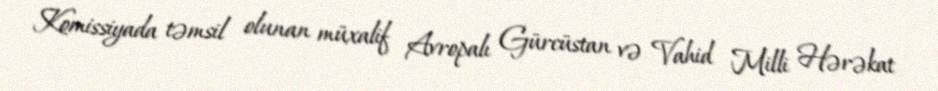
Komissiyada təmsil olunan müxalif Avropalı Gürcüstan və Vahid Milli Hərəkat